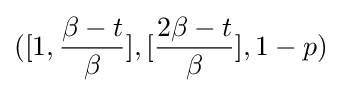
([1,{\frac {\beta -t}{\beta }}],[{\frac {2\beta -t}{\beta }}],1-p)